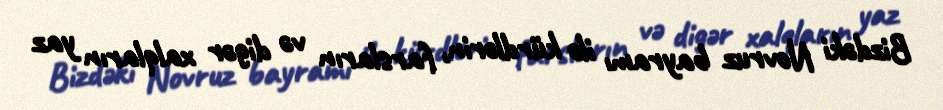
Bizdəki Novruz bayramı ilə kürdlərin, farsların və digər xalqların yaz